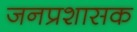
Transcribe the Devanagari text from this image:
जनप्रशासक